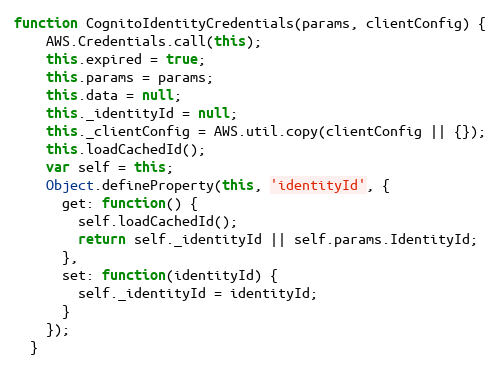
Language: JavaScript
function CognitoIdentityCredentials(params, clientConfig) {
    AWS.Credentials.call(this);
    this.expired = true;
    this.params = params;
    this.data = null;
    this._identityId = null;
    this._clientConfig = AWS.util.copy(clientConfig || {});
    this.loadCachedId();
    var self = this;
    Object.defineProperty(this, 'identityId', {
      get: function() {
        self.loadCachedId();
        return self._identityId || self.params.IdentityId;
      },
      set: function(identityId) {
        self._identityId = identityId;
      }
    });
  }